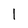
Character: l